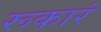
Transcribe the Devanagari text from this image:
रूकारं